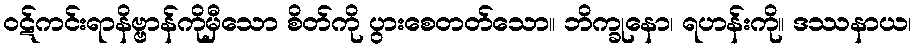
ဝဋ်ကင်းရာနိဗ္ဗာန်ကိုမှီသော စိတ်ကို ပွားစေတတ်သော။ ဘိက္ခုနော၊ ရဟန်းကို။ ဒဿနာယ၊